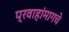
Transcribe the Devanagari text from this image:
प्रवाहांमागचे